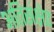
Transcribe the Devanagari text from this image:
अतिसंक्षेप